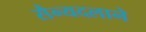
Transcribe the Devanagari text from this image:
सैन्यदलाने